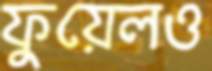
ফুয়েলও